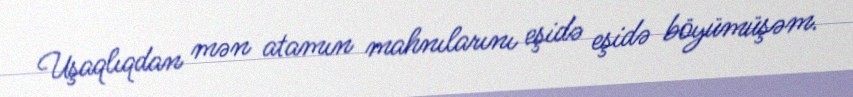
Uşaqlıqdan mən atamın mahnılarını eşidə eşidə böyümüşəm.